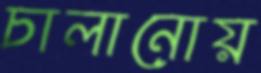
চালানোয়